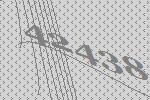
42438